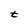
Character: t